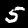
Digit: 5